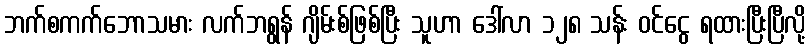
ဘက်စကက်ဘောသမား လက်ဘရွန် ဂျိမ်းစ်ဖြစ်ပြီး သူဟာ ဒေါ်လာ ၁၂၈ သန်း ဝင်ငွေ ရထားပြီးပြီလို့